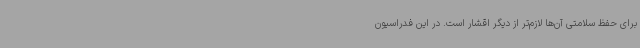
برای حفظ سلامتی آن‌ها لازم‌تر از دیگر اقشار است. در این فدراسیون